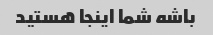
باشه شما اینجا هستید